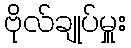
ဗိုလ်ချုပ်မှူး